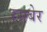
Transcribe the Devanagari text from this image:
रसबेर